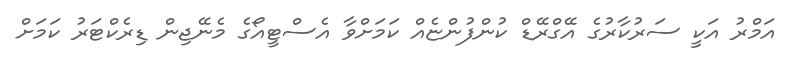
އަމްރު އަކީ ސަރުކާރުގެ އޭގްރޭޑް ކުންފުންޏެއް ކަމަށްވާ އެސްޓީއޯގެ މެނޭޖިން ޑިރެކްޓަރު ކަމަށް